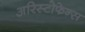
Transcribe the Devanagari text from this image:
अरिस्टोफेन्स